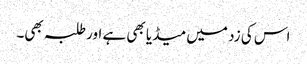
اس کی زد میں میڈیا بھی ہے اور طلبہ بھی۔